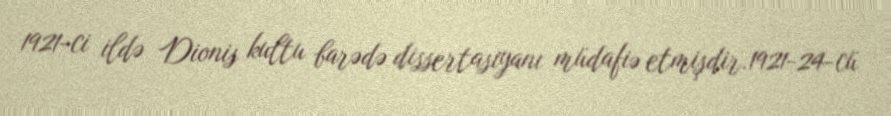
1921-ci ildə Dionis kultu barədə dissertasiyanı müdafiə etmişdir.1921-24-cü